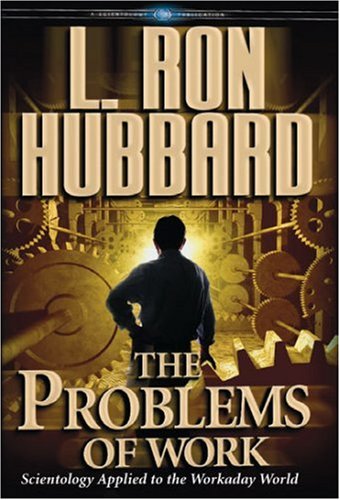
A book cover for The Problems Of Work (English); L. Ron Hubbard; Religion & Spirituality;